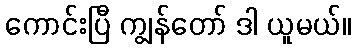
ကောင်းပြီ ကျွန်တော် ဒါ ယူမယ်။